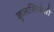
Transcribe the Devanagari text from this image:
कुलस्त्रियेसी